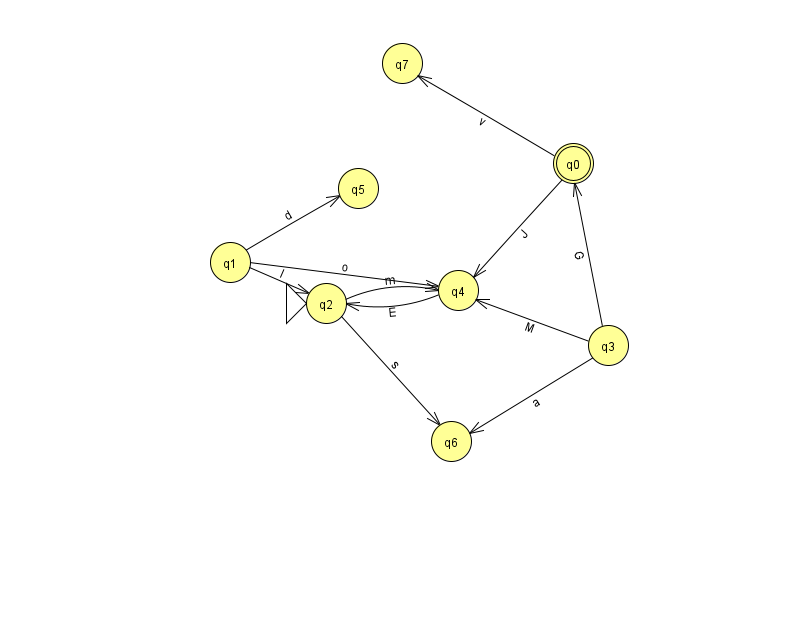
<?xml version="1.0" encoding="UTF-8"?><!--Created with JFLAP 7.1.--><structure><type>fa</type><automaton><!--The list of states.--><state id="0" name="q0"><x>573.0</x><y>150.0</y><final/></state><state id="1" name="q1"><x>230.0</x><y>249.0</y></state><state id="2" name="q2"><x>326.0</x><y>290.0</y><initial/></state><state id="3" name="q3"><x>608.0</x><y>332.0</y></state><state id="4" name="q4"><x>458.0</x><y>277.0</y></state><state id="5" name="q5"><x>358.0</x><y>175.0</y></state><state id="6" name="q6"><x>451.0</x><y>428.0</y></state><state id="7" name="q7"><x>402.0</x><y>50.0</y></state><!--The list of transitions.--><transition><from>2</from><to>6</to><read>s</read></transition><transition><from>0</from><to>7</to><read>v</read></transition><transition><from>1</from><to>5</to><read>d</read></transition><transition><from>3</from><to>0</to><read>G</read></transition><transition><from>4</from><to>2</to><read>E</read></transition><transition><from>3</from><to>4</to><read>M</read></transition><transition><from>0</from><to>4</to><read>J</read></transition><transition><from>2</from><to>4</to><read>m</read></transition><transition><from>3</from><to>6</to><read>a</read></transition><transition><from>1</from><to>2</to><read>I</read></transition><transition><from>1</from><to>4</to><read>o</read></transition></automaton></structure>